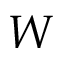
W